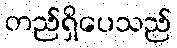
တည်ရှိပေသည်